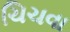
ચિચવા